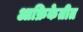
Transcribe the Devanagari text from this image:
आफ्रिकेतीत